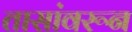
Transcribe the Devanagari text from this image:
तासांवरून